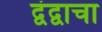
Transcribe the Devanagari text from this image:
द्वंद्वाचा